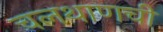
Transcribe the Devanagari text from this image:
चलथाणची